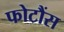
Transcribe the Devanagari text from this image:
फोटौंस